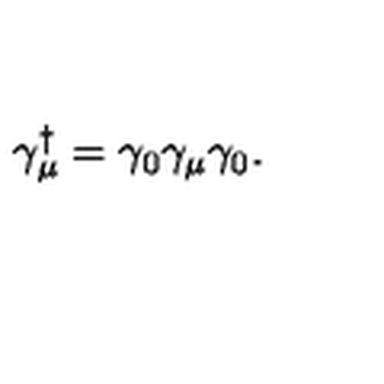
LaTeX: \gamma _ { \mu } ^ { \dagger } = \gamma _ { 0 } \gamma _ { \mu } \gamma _ { 0 } .